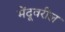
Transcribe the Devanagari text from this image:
मेंदूवरील